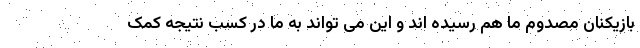
بازیکنان مصدوم ما هم رسیده اند و این می تواند به ما در کسب نتیجه کمک